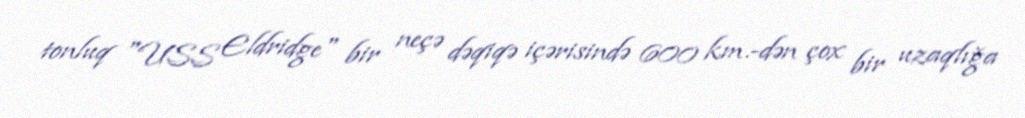
tonluq "USS Eldridge" bir neçə dəqiqə içərisində 600 km.-dən çox bir uzaqlığa